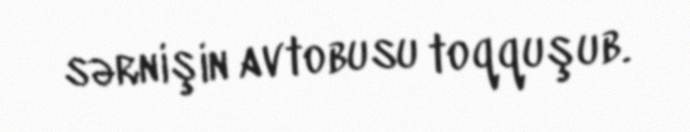
sərnişin avtobusu toqquşub.